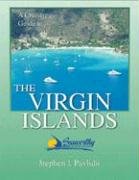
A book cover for The Virgin Islands Cruising Guide; Stephen J. Pavlidis; Travel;